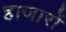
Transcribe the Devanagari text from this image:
हाजारों